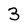
Character: 3